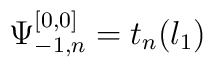
\Psi_{-1,n}^{[0,0]} = t_n(l_1)